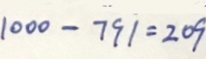
1 0 0 0 - 7 9 1 = 2 0 9